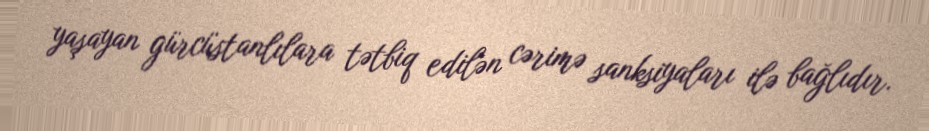
yaşayan gürcüstanlılara tətbiq edilən cərimə sanksiyaları ilə bağlıdır.